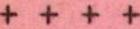
+ + + +